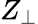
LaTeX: Z_{\perp}